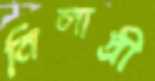
নিলাদ্রী